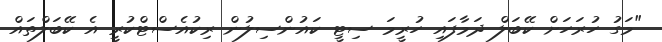
"މަގު ހުރަހަށް ކޭބަލް ދަމާފައި ހުރީމަ ސިޓީ ކައުންސިލުން ރިކުއެސްޓްކުރީ އެ ކޭބަލްތައް